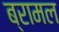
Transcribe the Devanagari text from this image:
ब्रामल